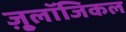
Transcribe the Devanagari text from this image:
ज़ू्लॉजिकल